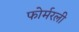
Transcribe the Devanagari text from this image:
फोर्मरली